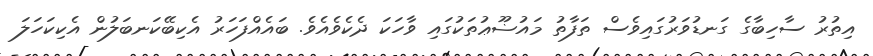
އިތުރު ސާހިބާގެ ގަނޑުވަރުގައިވެސް ތަފާތު މައުޟޫޢުތަކުގައި ވާހަކަ ދެކެވެއެވެ. ބައެއްފަހަރު އެކިބޭކަނބަލުން އެކިކަހަލަ